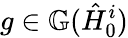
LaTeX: g\in\mathbb{G}(\hat{H}_{0}^{i})